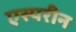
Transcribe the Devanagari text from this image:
एस्परीन